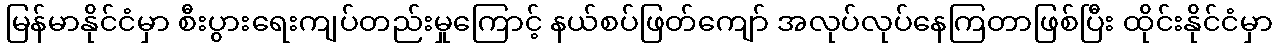
မြန်မာနိုင်ငံမှာ စီးပွားရေးကျပ်တည်းမှုကြောင့် နယ်စပ်ဖြတ်ကျော် အလုပ်လုပ်နေကြတာဖြစ်ပြီး ထိုင်းနိုင်ငံမှာ